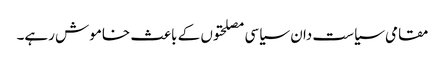
مقامی سیاست دان سیاسی مصلحتوں کے باعث خاموش رہے۔